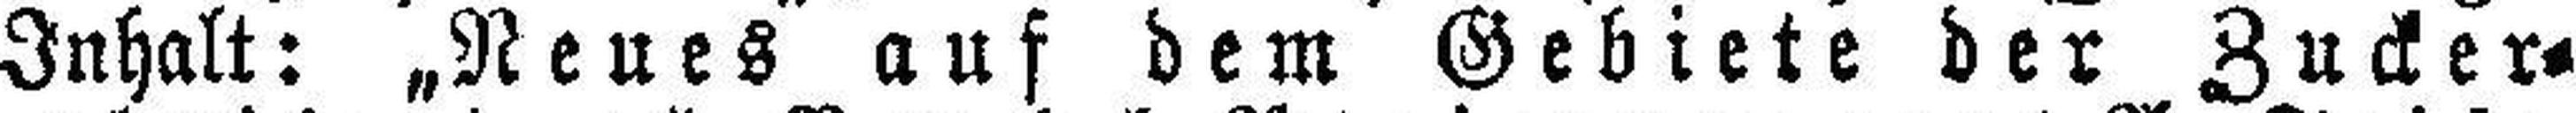
Inhalt: „Neues auf dem Gebiete der Zucker¬